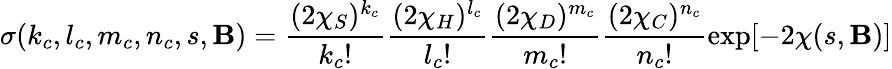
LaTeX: \sigma(k_{c},l_{c},m_{c},n_{c},s,\mathbf{B})=\frac{{(2\chi_{S})^{k_{c}}}}{{k_{c}!}}\frac{{(2\chi_{H})^{l_{c}}}}{{l_{c}!}}\frac{{(2\chi_{D})^{m_{c}}}}{{m_{c}!}}\frac{{(2\chi_{C})^{n_{c}}}}{{n_{c}!}}\exp[-2\chi(s,\mathbf{B})]